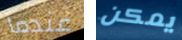
عندما يمكن